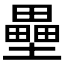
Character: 壘